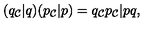
( q _ { \cal C } \vert q ) ( p _ { \cal C } \vert p ) = q _ { \cal C } p _ { \cal C } \vert p q ,